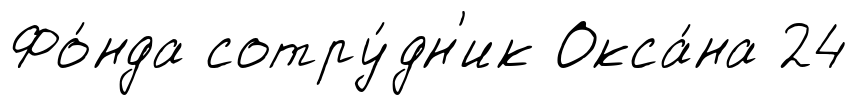
Фо́нда сотру́дн'ик Окса́на 24